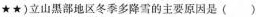
★★)立山黑部地区冬季多降需的主要原因是()